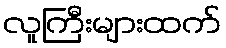
လူကြီးများထက်